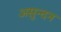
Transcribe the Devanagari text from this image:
असुन्दन